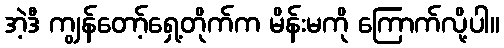
အဲ့ဒီ ကျွန်တော့်ရှေ့တိုက်က မိန်းမကို ကြောက်လို့ပါ။